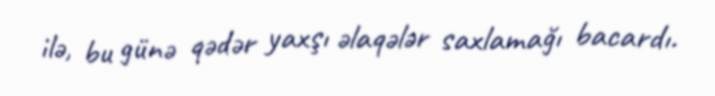
ilə, bu günə qədər yaxşı əlaqələr saxlamağı bacardı.